Indian journal of veterinary science and animal husbandry - Volume 7,
Year: 1937
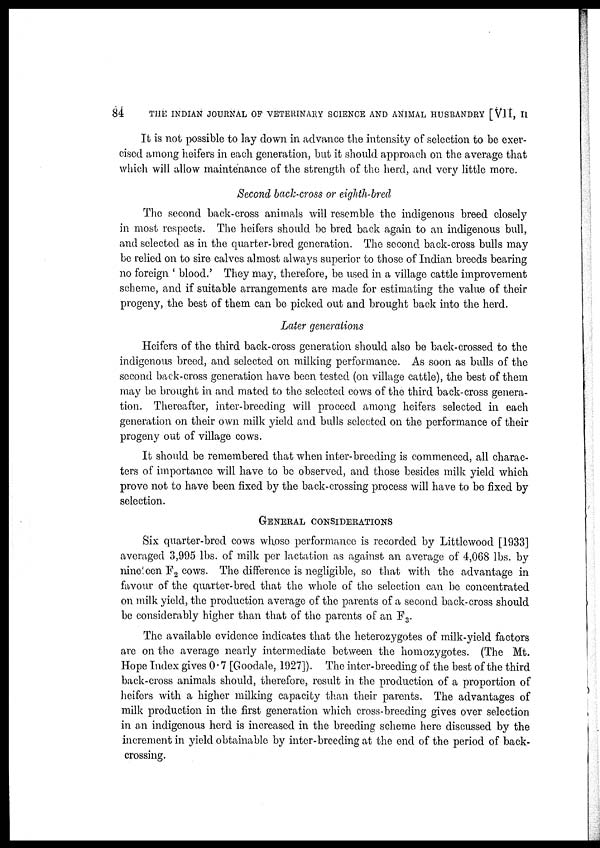
84
THE INDIAN JOURNAL OF VETERINARY SCIENCE AND ANIMAL HUSBANDRY [VII, II
It is not possible to lay down in advance the intensity of selection to be exer-
cised among heifers in each generation, but it should approach on the average that
which will allow maintenance of the strength of the herd, and very little more.
Second back-cross or eighth-bred
The second back-cross animals will resemble the indigenous breed closely
in most respects. The heifers should be bred back again to an indigenous bull,
and selected as in the quarter-bred generation. The second back-cross bulls may
be relied on to sire calves almost always superior to those of Indian breeds bearing
no foreign ' blood.' They may, therefore, be used in a village cattle improvement
scheme, and if suitable arrangements are made for estimating the value of their
progeny, the best of them can be picked out and brought back into the herd.
Later generations
Heifers of the third back-cross generation should also be back-crossed to the
indigenous breed, and selected on milking performance. As soon as bulls of the
second back-cross generation have been tested (on village cattle), the best of them
may be brought in and mated to the selected cows of the third back-cross genera-
tion. Thereafter, inter-breeding will proceed among heifers selected in each
generation on their own milk yield and bulls selected on the performance of their
progeny out of village cows.
It should be remembered that when inter-breeding is commenced, all charac-
ters of importance will have to be observed, and those besides milk yield which
prove not to have been fixed by the back-crossing process will have to be fixed by
selection.
GENERAL CONSIDERATIONS
Six quarter-bred cows whose performance is recorded by Littlewood [1933]
averaged 3,995 lbs. of milk per lactation as against an average of 4,068 lbs. by
nineteen F 2 cows. The difference is negligible, so that with the advantage in
favour of the quarter-bred that the whole of the selection can be concentrated
on milk yield, the production average of the parents of a second back-cross should
be considerably higher than that of the parents of an F 3 .
The available evidence indicates that the heterozygotes of milk-yield factors
are on the average nearly intermediate between the homozygotes. (The Mt.
Hope Index gives 0.7 [Goodale, 1927]). The inter-breeding of the best of the third
back-cross animals should, therefore, result in the production of a proportion of
heifers with a higher milking capacity than their parents. The advantages of
milk production in the first generation which cross-breeding gives over selection
in an indigenous herd is increased in the breeding scheme here discussed by the
increment in yield obtainable by inter-breeding at the end of the period of back-
crossing.